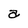
Character: a